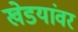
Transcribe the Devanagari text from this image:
खेडयांवर